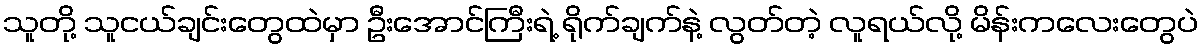
သူတို့ သူငယ်ချင်းတွေထဲမှာ ဦးအောင်ကြီးရဲ့ ရိုက်ချက်နဲ့ လွတ်တဲ့ လူရယ်လို့ မိန်းကလေးတွေပဲ